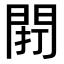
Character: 𨴆